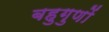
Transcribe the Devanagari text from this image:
बहुगुणों